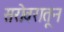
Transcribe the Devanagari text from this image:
सरोवरातून